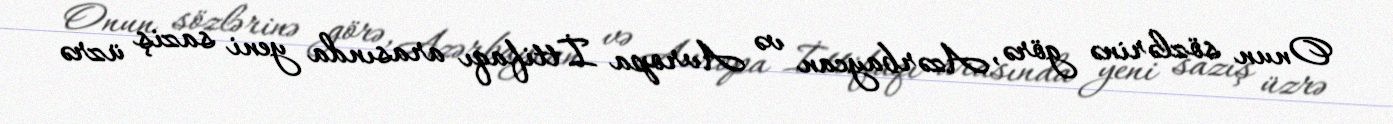
Onun sözlərinə görə, Azərbaycan və Avropa İttifaqı arasında yeni saziş üzrə